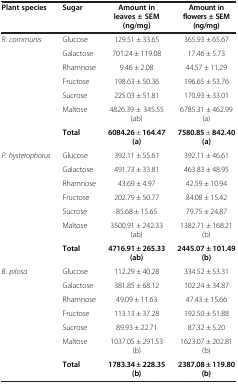
<table><thead><tr><td><b>Plant species</b></td><td><b>Sugar</b></td><td><b>Amount in leaves ± SEM (ng/mg)</b></td><td><b>Amount in flowers ± SEM (ng/mg)</b></td></tr></thead><tbody><tr><td><i>R. communis</i></td><td>Glucose</td><td>129.51 ± 33.65</td><td>365.93 ± 65.67</td></tr><tr><td> </td><td>Galactose</td><td>701.24 ± 119.08</td><td>17.46 ± 5.73</td></tr><tr><td> </td><td>Rhamnose</td><td>9.46 ± 2.08</td><td>44.57 ± 11.29</td></tr><tr><td> </td><td>Fructose</td><td>198.63 ± 50.36</td><td>196.65 ± 53.76</td></tr><tr><td> </td><td>Sucrose</td><td>225.03 ± 51.81</td><td>170.93 ± 33.01</td></tr><tr><td> </td><td>Maltose</td><td>4826.39 ± 345.55 (ab)</td><td>6785.31 ± 462.99 (a)</td></tr><tr><td> </td><td><b>Total</b></td><td><b>6084.26</b> ± <b>164.47 (a)</b></td><td><b>7580.85</b> ± <b>842.40 (a)</b></td></tr><tr><td><i>P. hysterophorus</i></td><td>Glucose</td><td>392.11 ± 55.61</td><td>392.11 ± 46.61</td></tr><tr><td> </td><td>Galactose</td><td>491.73 ± 33.81</td><td>463.83 ± 48.95</td></tr><tr><td> </td><td>Rhamnose</td><td>43.69 ± 4.97</td><td>42.59 ± 10.94</td></tr><tr><td> </td><td>Fructose</td><td>202.79 ± 50.77</td><td>84.08 ± 15.42</td></tr><tr><td> </td><td>Sucrose</td><td>85.68 ± 15.65</td><td>79.75 ± 24.87</td></tr><tr><td> </td><td>Maltose</td><td>3500.91 ± 242.33(ab)</td><td>1382.71 ± 168.21 (b)</td></tr><tr><td> </td><td><b>Total</b></td><td><b>4716.91 ± 265.33(ab)</b></td><td><b>2445.07 ± 101.49 (b)</b></td></tr><tr><td><i>B. pilosa</i></td><td>Glucose</td><td>112.29 ± 40.28</td><td>334.52 ± 53.31</td></tr><tr><td> </td><td>Galactose</td><td>381.85 ± 68.12</td><td>102.24 ± 34.87</td></tr><tr><td> </td><td>Rhamnose</td><td>49.09 ± 11.63</td><td>47.43 ± 15.66</td></tr><tr><td> </td><td>Fructose</td><td>113.13 ± 37.28</td><td>192.50 ± 51.88</td></tr><tr><td> </td><td>Sucrose</td><td>89.93 ± 22.71</td><td>87.32 ± 5.20</td></tr><tr><td> </td><td>Maltose</td><td>1037.05 ± 291.53 (b)</td><td>1623.07 ± 202.81 (b)</td></tr><tr><td> </td><td><b>Total</b></td><td><b>1783.34 ± 228.35 (b)</b></td><td><b>2387.08 ± 119.80 (b)</b></td></tr></tbody></table>